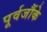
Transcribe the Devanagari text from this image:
पूर्वजौंके